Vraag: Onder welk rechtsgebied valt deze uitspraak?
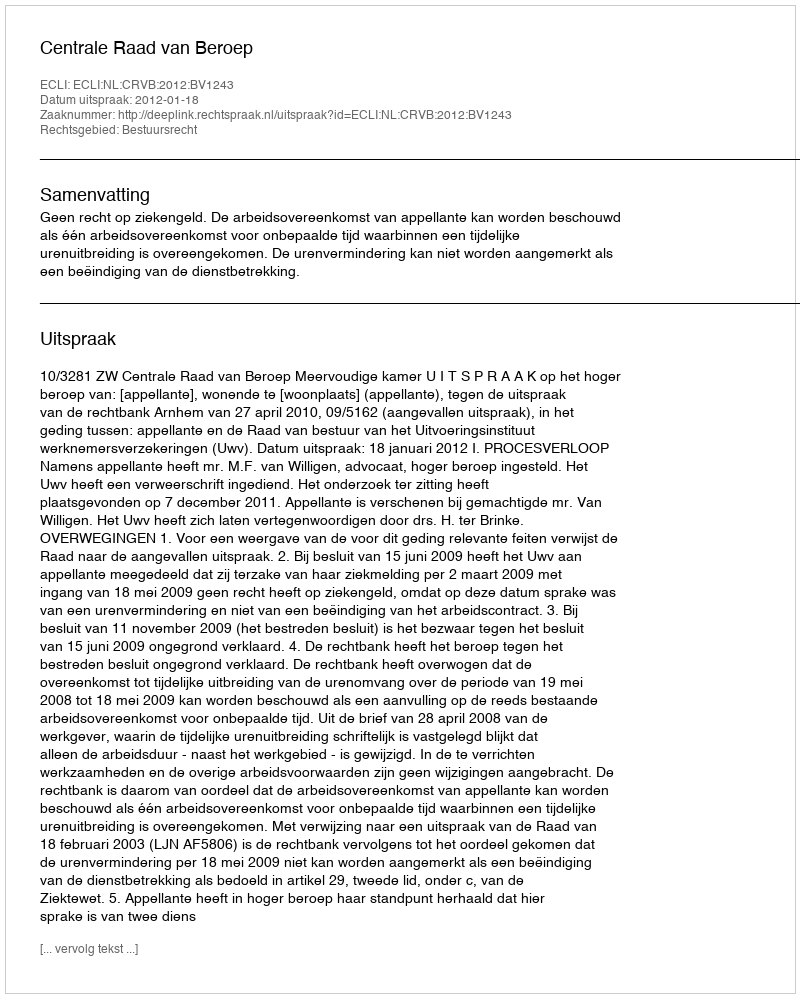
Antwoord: Bestuursrecht